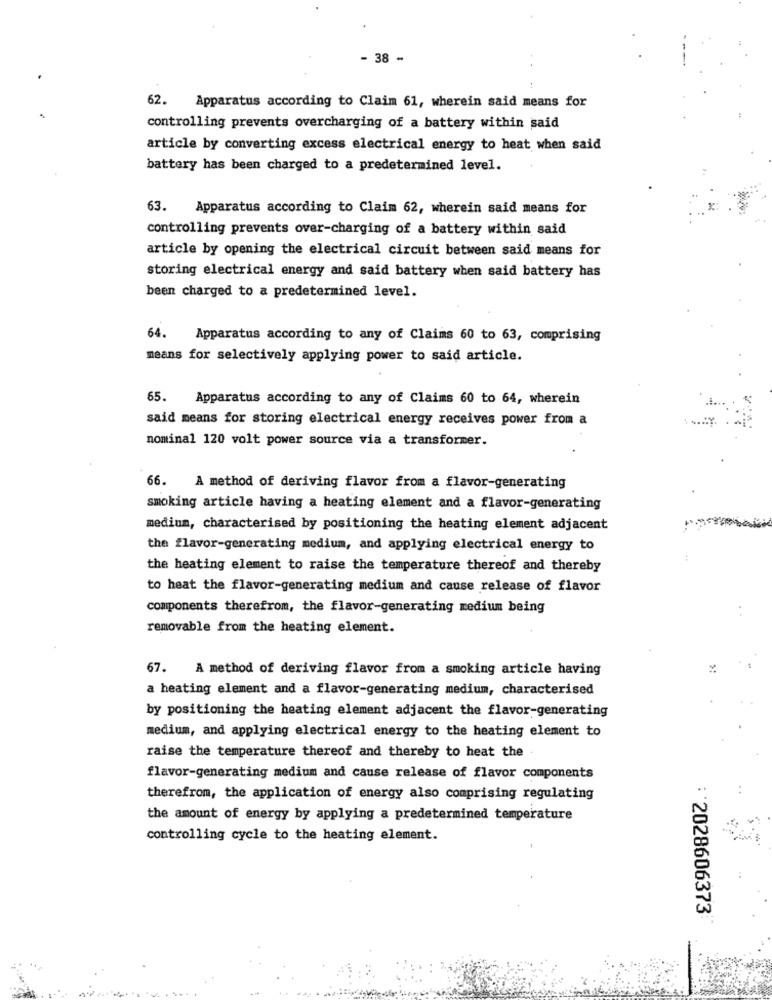
- 38 -
62. Apparatus according to Claim 61, wherein said means for
controlling prevents overcharging of a battery within said
article by converting excess electrical energy to heat when said
battery has been charged to a predetermined level.
63.
Apparatus according to Claim 62, wherein said means for
controlling prevents over-charging of a battery within said
article by opening the electrical circuit between said means for
storing electrical energy and said battery when said battery has
been charged to a predetermined level.
64.
Apparatus according to any of Claims 60 to 63, comprising
means for selectively applying power to said article.
65.
Apparatus according to any of Claims 60 to 64, wherein
said means for storing electrical energy receives power from a
nominal 120 volt power source via a transformer.
66.
A method of deriving flavor from a flavor-generating
smoking article having a heating element and a flavor-generating
medium, characterised by positioning the heating element adjacent
the flavor-generating medium, and applying electrical energy to
the heating element to raise the temperature thereof and thereby
to heat the flavor-generating medium and cause release of flavor
components therefrom, the flavor-generating medium being
removable from the heating element.
67. A method of deriving flavor from a smoking article having
a heating element and a flavor-generating medium, characterised
by positioning the heating element adjacent the flavor-generating
medium, and applying electrical energy to the heating element to
raise the temperature thereof and thereby to heat the
flavor-generating medium and cause release of flavor components
therefrom, the application of energy also comprising regulating
the amount of energy by applying a predetermined temperature
controlling cycle to the heating element.
: * 2028606373